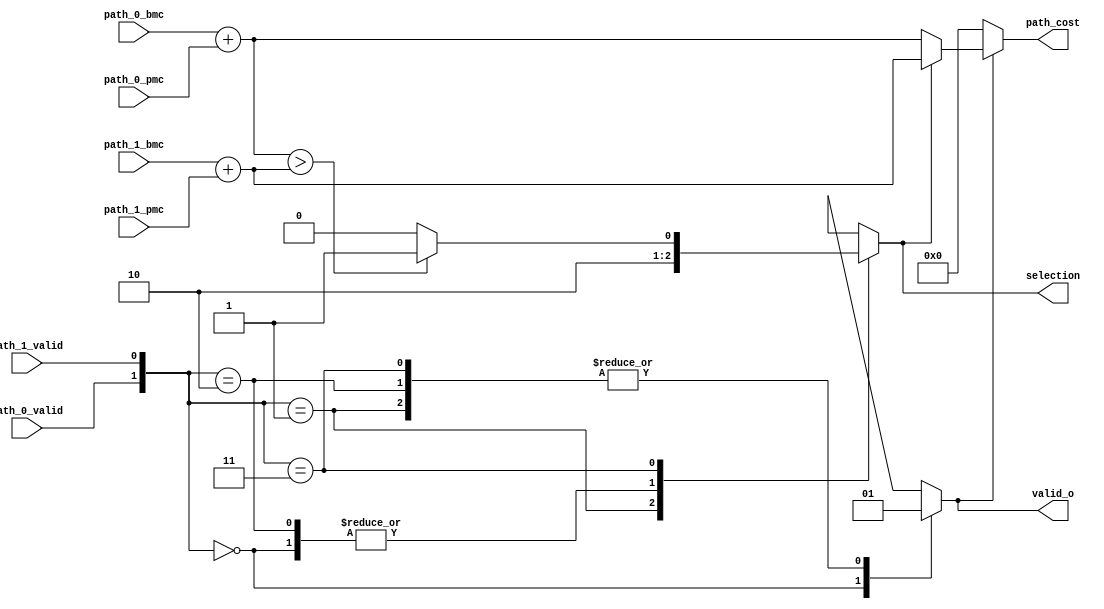
module ACS
(
   path_0_valid,
   path_1_valid,
   path_0_bmc,
   path_1_bmc,
   path_0_pmc,
   path_1_pmc,
   selection,
   valid_o,
   path_cost
);
   input       path_0_valid;
   input [1:0] path_0_bmc;
   input [7:0] path_0_pmc;

   input       path_1_valid;
   input [1:0] path_1_bmc;
   input [7:0] path_1_pmc;

   output reg        selection;
   output reg        valid_o;
   output      [7:0] path_cost;  


   wire  [7:0] path_cost_0;
   wire  [7:0] path_cost_1;

   assign path_cost_0  =  path_0_bmc + path_0_pmc;
   assign path_cost_1  =  path_1_bmc + path_1_pmc;

   assign path_cost      =  (valid_o?(selection?path_cost_1:path_cost_0):7'd0);   


   always @ (*)
   begin
      valid_o = 1'b1;

      case({path_0_valid,path_1_valid})
         2'b00:
         begin
            selection = 1'b0;
            valid_o   = 1'b0; 
         end
         2'b01:   selection = 1'b1;
         2'b10:   selection = 1'b0;
         2'b11:   selection = (path_cost_0 > path_cost_1)?1'b1:1'b0;
       endcase
   end
   

endmodule
module decoder
(
   clk,
   rst,
   enable,
   d_in,
   d_out
);

   input             clk;
   input             rst;
   input             enable;
   input [1:0]       d_in;
   output            d_out;

   reg               decoder_o_reg;


//bmc module signals
   wire  [1:0]       bmc000_path_0_bmc;
   wire  [1:0]       bmc001_path_0_bmc;
   wire  [1:0]       bmc010_path_0_bmc;
   wire  [1:0]       bmc011_path_0_bmc;
   wire  [1:0]       bmc100_path_0_bmc;
   wire  [1:0]       bmc101_path_0_bmc;
   wire  [1:0]       bmc110_path_0_bmc;
   wire  [1:0]       bmc111_path_0_bmc;

   wire  [1:0]       bmc000_path_1_bmc;
   wire  [1:0]       bmc001_path_1_bmc;
   wire  [1:0]       bmc010_path_1_bmc;
   wire  [1:0]       bmc011_path_1_bmc;
   wire  [1:0]       bmc100_path_1_bmc;
   wire  [1:0]       bmc101_path_1_bmc;
   wire  [1:0]       bmc110_path_1_bmc;
   wire  [1:0]       bmc111_path_1_bmc;

//ACS modules signals
   reg   [7:0]       validity;
   reg   [7:0]       selection;
   reg   [7:0]       path_cost   [7:0];
   wire  [7:0]       validity_nets;
   wire  [7:0]       selection_nets;

   wire              ACS000_selection;
   wire              ACS001_selection;
   wire              ACS010_selection;
   wire              ACS011_selection;
   wire              ACS100_selection;
   wire              ACS101_selection;
   wire              ACS110_selection;
   wire              ACS111_selection;

   wire              ACS000_valid_o;
   wire              ACS001_valid_o;
   wire              ACS010_valid_o;
   wire              ACS011_valid_o;
   wire              ACS100_valid_o;
   wire              ACS101_valid_o;
   wire              ACS110_valid_o;
   wire              ACS111_valid_o;

   wire  [7:0]       ACS000_path_cost;
   wire  [7:0]       ACS001_path_cost;
   wire  [7:0]       ACS010_path_cost;
   wire  [7:0]       ACS011_path_cost;
   wire  [7:0]       ACS100_path_cost;
   wire  [7:0]       ACS101_path_cost;
   wire  [7:0]       ACS110_path_cost;
   wire  [7:0]       ACS111_path_cost;

//Trelis memory write operation
   reg   [1:0]       mem_bank;
   reg   [1:0]       mem_bank_buf;
   reg   [1:0]       mem_bank_buf_buf;
   reg               mem_bank_buf_buf_buf;
   reg               mem_bank_buf_buf_buf_buf;
   reg               mem_bank_buf_buf_buf_buf_buf;
   reg   [9:0]       wr_mem_counter;
   reg   [9:0]       rd_mem_counter;

   reg   [9:0]       addr_mem_A;
   reg   [9:0]       addr_mem_B;
   reg   [9:0]       addr_mem_C;
   reg   [9:0]       addr_mem_D;

   reg               wr_mem_A;
   reg               wr_mem_B;
   reg               wr_mem_C;
   reg               wr_mem_D;

   reg   [7:0]       d_in_mem_A;
   reg   [7:0]       d_in_mem_B;
   reg   [7:0]       d_in_mem_C;
   reg   [7:0]       d_in_mem_D;

   wire  [7:0]       d_o_mem_A;
   wire  [7:0]       d_o_mem_B;
   wire  [7:0]       d_o_mem_C;
   wire  [7:0]       d_o_mem_D;

//Trace back module signals
   reg               selection_tbu_0;
   reg               selection_tbu_1;

   reg   [7:0]       d_in_0_tbu_0;
   reg   [7:0]       d_in_1_tbu_0;
   reg   [7:0]       d_in_0_tbu_1;
   reg   [7:0]       d_in_1_tbu_1;

   wire              d_o_tbu_0;
   wire              d_o_tbu_1;

   reg               enable_tbu_0;
   reg               enable_tbu_1;

//Display memory operations 
   wire              wr_disp_mem_0;
   wire              wr_disp_mem_1;

   wire              d_in_disp_mem_0;
   wire              d_in_disp_mem_1;

   reg   [9:0]       wr_mem_counter_disp;
   reg   [9:0]       rd_mem_counter_disp;

   reg   [9:0]       addr_disp_mem_0;
   reg   [9:0]       addr_disp_mem_1;


   assign   d_out =  decoder_o_reg;


//Branch matrc calculation modules

   bmc000   bmc000_inst(d_in,bmc000_path_0_bmc,bmc000_path_1_bmc);
   bmc001   bmc001_inst(d_in,bmc001_path_0_bmc,bmc001_path_1_bmc);
   bmc010   bmc010_inst(d_in,bmc010_path_0_bmc,bmc010_path_1_bmc);
   bmc011   bmc011_inst(d_in,bmc011_path_0_bmc,bmc011_path_1_bmc);
   bmc100   bmc100_inst(d_in,bmc100_path_0_bmc,bmc100_path_1_bmc);
   bmc101   bmc101_inst(d_in,bmc101_path_0_bmc,bmc101_path_1_bmc);
   bmc110   bmc110_inst(d_in,bmc110_path_0_bmc,bmc110_path_1_bmc);
   bmc111   bmc111_inst(d_in,bmc111_path_0_bmc,bmc111_path_1_bmc);


//Add Compare Select Modules

   ACS      ACS000(validity[0],validity[1],bmc000_path_0_bmc,bmc000_path_1_bmc,path_cost[0],path_cost[1],ACS000_selection,ACS000_valid_o,ACS000_path_cost);
   ACS      ACS001(validity[3],validity[2],bmc001_path_0_bmc,bmc001_path_1_bmc,path_cost[3],path_cost[2],ACS001_selection,ACS001_valid_o,ACS001_path_cost);
   ACS      ACS010(validity[4],validity[5],bmc010_path_0_bmc,bmc010_path_1_bmc,path_cost[4],path_cost[5],ACS010_selection,ACS010_valid_o,ACS010_path_cost);
   ACS      ACS011(validity[7],validity[6],bmc011_path_0_bmc,bmc011_path_1_bmc,path_cost[7],path_cost[6],ACS011_selection,ACS011_valid_o,ACS011_path_cost);
   ACS      ACS100(validity[1],validity[0],bmc100_path_0_bmc,bmc100_path_1_bmc,path_cost[1],path_cost[0],ACS100_selection,ACS100_valid_o,ACS100_path_cost);
   ACS      ACS101(validity[2],validity[3],bmc101_path_0_bmc,bmc101_path_1_bmc,path_cost[2],path_cost[3],ACS101_selection,ACS101_valid_o,ACS101_path_cost);
   ACS      ACS110(validity[5],validity[4],bmc110_path_0_bmc,bmc110_path_1_bmc,path_cost[5],path_cost[4],ACS110_selection,ACS110_valid_o,ACS110_path_cost);
   ACS      ACS111(validity[6],validity[7],bmc111_path_0_bmc,bmc111_path_1_bmc,path_cost[6],path_cost[7],ACS111_selection,ACS111_valid_o,ACS111_path_cost);

   
   assign selection_nets  =  {ACS111_selection,ACS110_selection,ACS101_selection,ACS100_selection,
                              ACS011_selection,ACS010_selection,ACS001_selection,ACS000_selection};
   assign validity_nets    =  {ACS111_valid_o,ACS110_valid_o,ACS101_valid_o,ACS100_valid_o,
                              ACS011_valid_o,ACS010_valid_o,ACS001_valid_o,ACS000_valid_o};


   always @ (posedge clk or negedge rst)
   begin
      if(rst==1'b0)
      begin
         validity          <= 8'b00000001;
         selection         <= 8'b00000000;

         path_cost[0]      <= 8'd0;
         path_cost[1]      <= 8'd0;
         path_cost[2]      <= 8'd0;
         path_cost[3]      <= 8'd0;
         path_cost[4]      <= 8'd0;
         path_cost[5]      <= 8'd0;
         path_cost[6]      <= 8'd0;
         path_cost[7]      <= 8'd0;

      end
      else if(enable==1'b0)
      begin
         validity          <= 8'b00000001;
         selection         <= 8'b00000000;

         path_cost[0]      <= 8'd0;
         path_cost[1]      <= 8'd0;
         path_cost[2]      <= 8'd0;
         path_cost[3]      <= 8'd0;
         path_cost[4]      <= 8'd0;
         path_cost[5]      <= 8'd0;
         path_cost[6]      <= 8'd0;
         path_cost[7]      <= 8'd0;

      end
      else if( path_cost[0][7] && path_cost[1][7] && path_cost[2][7] && path_cost[3][7] &&
             path_cost[4][7] && path_cost[5][7] && path_cost[6][7] && path_cost[7][7] )
      begin

         validity          <= validity_nets;
         selection         <= selection_nets;
         
         path_cost[0]      <= 8'b01111111 & ACS000_path_cost;
         path_cost[1]      <= 8'b01111111 & ACS001_path_cost;
         path_cost[2]      <= 8'b01111111 & ACS010_path_cost;
         path_cost[3]      <= 8'b01111111 & ACS011_path_cost;
         path_cost[4]      <= 8'b01111111 & ACS100_path_cost;
         path_cost[5]      <= 8'b01111111 & ACS101_path_cost;
         path_cost[6]      <= 8'b01111111 & ACS110_path_cost;
         path_cost[7]      <= 8'b01111111 & ACS111_path_cost;
      end
      else 
      begin
         validity          <= validity_nets;
         selection         <= selection_nets;

         path_cost[0]      <= ACS000_path_cost;
         path_cost[1]      <= ACS001_path_cost;
         path_cost[2]      <= ACS010_path_cost;
         path_cost[3]      <= ACS011_path_cost;
         path_cost[4]      <= ACS100_path_cost;
         path_cost[5]      <= ACS101_path_cost;
         path_cost[6]      <= ACS110_path_cost;
         path_cost[7]      <= ACS111_path_cost;
      end
   end



   always @ (posedge clk or negedge rst)
   begin
      if(rst==1'b0)
         wr_mem_counter <= 10'd0;
      else if(enable==1'b0)
         wr_mem_counter <= 10'd0;
      else
         wr_mem_counter <= wr_mem_counter + 10'd1;
   end

   always @ (posedge clk or negedge rst)
   begin
      if(rst==1'b0)
         rd_mem_counter <= 10'b1111111111;
      else if(enable==1'b0)
         wr_mem_counter <= 10'd0;
      else
         rd_mem_counter <= rd_mem_counter - 10'd1;
   end

   
   always @ (posedge clk or negedge rst)
   begin
      if(rst==1'b0)
         mem_bank <= 2'b00;
      else begin
         if(wr_mem_counter==10'b1111111111)
               mem_bank <= mem_bank + 2'b01;
      end
   end

   
   always @ (posedge clk)
   begin
      d_in_mem_A  <= selection;
      d_in_mem_B  <= selection;
      d_in_mem_C  <= selection;
      d_in_mem_D  <= selection;

   end


   always @ (posedge clk)
   begin
      case(mem_bank)
         2'b00:
         begin
            addr_mem_A        <= wr_mem_counter;
            addr_mem_B        <= rd_mem_counter;
            addr_mem_C        <= 10'd0;
            addr_mem_D        <= rd_mem_counter;

            wr_mem_A          <= 1'b1;
            wr_mem_B          <= 1'b0;
            wr_mem_C          <= 1'b0;
            wr_mem_D          <= 1'b0;
         end
         2'b01:
         begin
            addr_mem_A        <= rd_mem_counter;
            addr_mem_B        <= wr_mem_counter;
            addr_mem_C        <= rd_mem_counter;
            addr_mem_D        <= 10'd0;

            wr_mem_A          <= 1'b0;
            wr_mem_B          <= 1'b1;
            wr_mem_C          <= 1'b0;
            wr_mem_D          <= 1'b0;

         end
         2'b10:
         begin
            addr_mem_A        <= 10'd0;
            addr_mem_B        <= rd_mem_counter;
            addr_mem_C        <= wr_mem_counter;
            addr_mem_D        <= rd_mem_counter;

            wr_mem_A          <= 1'b0;
            wr_mem_B          <= 1'b0;
            wr_mem_C          <= 1'b1;
            wr_mem_D          <= 1'b0;
         end
         2'b11:
         begin
            addr_mem_A        <= rd_mem_counter;
            addr_mem_B        <= 10'd0;
            addr_mem_C        <= rd_mem_counter;
            addr_mem_D        <= wr_mem_counter;

            wr_mem_A          <= 1'b0;
            wr_mem_B          <= 1'b0;
            wr_mem_C          <= 1'b0;
            wr_mem_D          <= 1'b1;
         end
      endcase
  end

//Trelis memory module instantiation

   mem   trelis_mem_A
   (
      .clk(clk),
      .wr(wr_mem_A),
      .addr(addr_mem_A),
      .d_i(d_in_mem_A),
      .d_o(d_o_mem_A)
   );

  mem   trelis_mem_B
   (
      .clk(clk),
      .wr(wr_mem_B),
      .addr(addr_mem_B),
      .d_i(d_in_mem_B),
      .d_o(d_o_mem_B)
   );

  mem   trelis_mem_C
   (
      .clk(clk),
      .wr(wr_mem_C),
      .addr(addr_mem_C),
      .d_i(d_in_mem_C),
      .d_o(d_o_mem_C)
   );

  mem   trelis_mem_D
   (
      .clk(clk),
      .wr(wr_mem_D),
      .addr(addr_mem_D),
      .d_i(d_in_mem_D),
      .d_o(d_o_mem_D)
   );

//Trace back module operation

   always @(posedge clk)
      mem_bank_buf   <= mem_bank;
   
   always @(posedge clk)
      mem_bank_buf_buf   <= mem_bank_buf;


   always @ (posedge clk or negedge rst)
   begin
      if(rst==1'b0)
            enable_tbu_0   <= 1'b0;
      else begin
         if(mem_bank_buf_buf==2'b10)
            enable_tbu_0   <= 1'b1;
         else
            enable_tbu_0   <= enable_tbu_0;
      end   
   end

   always @ (posedge clk or negedge rst)
   begin
      if(rst==1'b0)
            enable_tbu_1   <= 1'b0;
      else begin
         if(mem_bank_buf_buf==2'b11)
            enable_tbu_1   <= 1'b1;
         else
            enable_tbu_1   <= enable_tbu_1;
      end   
   end
   
   always @ (posedge clk)
   begin
      case(mem_bank_buf_buf)
         2'b00:
         begin
            d_in_0_tbu_0   <= d_o_mem_D;
            d_in_1_tbu_0   <= d_o_mem_C;
            
            d_in_0_tbu_1   <= d_o_mem_C;
            d_in_1_tbu_1   <= d_o_mem_B;

            selection_tbu_0<= 1'b0;
            selection_tbu_1<= 1'b1;

         end
         2'b01:
         begin
            d_in_0_tbu_0   <= d_o_mem_D;
            d_in_1_tbu_0   <= d_o_mem_C;
            
            d_in_0_tbu_1   <= d_o_mem_A;
            d_in_1_tbu_1   <= d_o_mem_D;
            
            selection_tbu_0<= 1'b1;
            selection_tbu_1<= 1'b0;
         end
         2'b10:
         begin
            d_in_0_tbu_0   <= d_o_mem_B;
            d_in_1_tbu_0   <= d_o_mem_A;
            
            d_in_0_tbu_1   <= d_o_mem_A;
            d_in_1_tbu_1   <= d_o_mem_D;

            selection_tbu_0<= 1'b0;
            selection_tbu_1<= 1'b1;
         end
         2'b11:
         begin
            d_in_0_tbu_0   <= d_o_mem_B;
            d_in_1_tbu_0   <= d_o_mem_A;
            
            d_in_0_tbu_1   <= d_o_mem_C;
            d_in_1_tbu_1   <= d_o_mem_B;

            selection_tbu_0<= 1'b1;
            selection_tbu_1<= 1'b0;
         end
      endcase
   end

//Trace-Back modules instantiation

   tbu tbu_0
   (
      .clk(clk),
      .rst(rst),
      .enable(enable_tbu_0),
      .selection(selection_tbu_0),
      .d_in_0(d_in_0_tbu_0),
      .d_in_1(d_in_1_tbu_0),
      .d_o(d_o_tbu_0),
      .wr_en(wr_disp_mem_0)
   );

   tbu tbu_1
   (
      .clk(clk),
      .rst(rst),
      .enable(enable_tbu_1),
      .selection(selection_tbu_1),
      .d_in_0(d_in_0_tbu_1),
      .d_in_1(d_in_1_tbu_1),
      .d_o(d_o_tbu_1),
      .wr_en(wr_disp_mem_1)
   );

//Display Memory modules Instantioation

   assign   d_in_disp_mem_0   =  d_o_tbu_0;
   assign   d_in_disp_mem_1   =  d_o_tbu_1;
   

  mem_disp   disp_mem_0
  (
      .clk(clk),
      .wr(wr_disp_mem_0),
      .addr(addr_disp_mem_0),
      .d_i(d_in_disp_mem_0),
      .d_o(d_o_disp_mem_0)
   );

  mem_disp   disp_mem_1
  (
      .clk(clk),
      .wr(wr_disp_mem_1),
      .addr(addr_disp_mem_1),
      .d_i(d_in_disp_mem_1),
      .d_o(d_o_disp_mem_1)
   );

// Display memory module operation
   always @ (posedge clk)
      mem_bank_buf_buf_buf <= mem_bank_buf_buf[0];

   always @ (posedge clk)
   begin
      if(rst==1'b0)
         wr_mem_counter_disp  <= 10'b0000000010;
      if(enable==1'b0)
         wr_mem_counter_disp  <= 10'b0000000010;
      else
         wr_mem_counter_disp  <= wr_mem_counter_disp - 10'd1;   
   end

   always @ (posedge clk)
   begin
      if(rst==1'b0)
         rd_mem_counter_disp  <= 10'b1111111101;
      if(enable==1'b0)
         rd_mem_counter_disp  <= 10'b1111111101;
      else
         rd_mem_counter_disp  <= rd_mem_counter_disp + 10'd1;   
   end

   
   always @ (posedge clk)
   begin
      case(mem_bank_buf_buf_buf)
         1'b0:
         begin
            addr_disp_mem_0   <= rd_mem_counter_disp; 
            addr_disp_mem_1   <= wr_mem_counter_disp;
         end
         1'b1:
         begin
            addr_disp_mem_0   <= wr_mem_counter_disp; 
            addr_disp_mem_1   <= rd_mem_counter_disp; 
         end
      endcase
   end


   always @ (posedge clk)
      mem_bank_buf_buf_buf_buf   <= mem_bank_buf_buf_buf;

   always @ (posedge clk)
      mem_bank_buf_buf_buf_buf_buf <= mem_bank_buf_buf_buf_buf;



   always @ (posedge clk)
   begin
      case(mem_bank_buf_buf_buf_buf_buf)
         1'b0:
         begin
            decoder_o_reg  <= d_o_disp_mem_0;
         end
         1'b1:
         begin
            decoder_o_reg  <= d_o_disp_mem_1;
         end
      endcase
   end

endmodule
module encoder
(
   clk,
   rst,
   enable_i,
   d_in,
   valid_o,
   d_out
);
   input             clk;
   input             rst;
   input             enable_i;
   input             d_in;
   output reg        valid_o;
   output      [1:0] d_out;
   
   reg         [2:0] cstate;
   reg         [2:0] nstate;
   
   reg         [1:0] d_out_reg;

   assign   d_out    =  (enable_i==1'b1)?d_out_reg:2'b00;
     

   always @(*) begin
      valid_o  =   enable_i;
      case (cstate)
         3'b000:
         begin
            if(d_in==1'b0)
            begin
               nstate   =  3'b000;
               d_out_reg    =  2'b00;
            end
            else
            begin
               nstate   =  3'b100;
               d_out_reg    =  2'b11;
            end
         end
         3'b001:
         begin
            if(d_in==1'b0)
            begin
               nstate   =  3'b100;
               d_out_reg    =  2'b00;
            end
            else
            begin
               nstate   =  3'b000;
               d_out_reg    =  2'b11;
            end
         end
         3'b010:
         begin
            if(d_in==1'b0)
            begin
               nstate   =  3'b101;
               d_out_reg    =  2'b10;
            end
            else
            begin
               nstate   =  3'b001;
               d_out_reg    =  2'b01;
            end
         end
         3'b011:
         begin
            if(d_in==1'b0)
            begin
               nstate   =  3'b001;
               d_out_reg    =  2'b10;
            end
            else
            begin
               nstate   =  3'b101;
               d_out_reg    =  2'b01;
            end
         end
         3'b100:
         begin
            if(d_in==1'b0)
            begin
               nstate   =  3'b010;
               d_out_reg    =  2'b10;
            end
            else
            begin
               nstate   =  3'b110;
               d_out_reg    =  2'b01;
            end
         end
         3'b101:
         begin
            if(d_in==1'b0)
            begin
               nstate   =  3'b110;
               d_out_reg    =  2'b10;
            end
            else
            begin
               nstate   =  3'b010;
               d_out_reg    =  2'b01;
            end
         end
         3'b110:
         begin
            if(d_in==1'b0)
            begin
               nstate   =  3'b111;
               d_out_reg    =  2'b00;
            end
            else
            begin
               nstate   =  3'b011;
               d_out_reg    =  2'b11;
            end
         end
         3'b111:
         begin
            if(d_in==1'b0)
            begin
               nstate   =  3'b011;
               d_out_reg    =  2'b00;
            end
            else
            begin
               nstate   =  3'b111;
               d_out_reg    =  2'b11;
            end
         end

      endcase
   end



   always @ (posedge clk,negedge rst) 
   begin
//      $display("data in=%d state=%b%b%b data out=%b%b",d_in,reg_1,reg_2,reg_3,d_out_reg[1],d_out_reg[0]);
      if(rst==1'b0)
         cstate   <= 3'b000;
      else if(enable_i==1'b0)
         cstate   <= 3'b000;
      else
         cstate   <= nstate;
   end
   


endmodule
module mem_disp
(
   clk,
   wr,
   addr,
   d_i,
   d_o
);

   input          clk;
   input          wr;
   input [9:0]    addr;
   input          d_i;
   output reg     d_o;
   
   reg            mem   [1023:0];


   always @ (posedge clk)
   begin
      if(wr)
         mem[addr]   <= d_i;
      d_o  <=  mem[addr];
  end
endmodule
module mem
(
   clk,
   wr,
   addr,
   d_i,
   d_o
);

   input                clk;
   input                wr;
   input       [9:0]    addr;
   input       [7:0]    d_i;
   output reg  [7:0]    d_o;
   
   reg         [7:0]    mem   [1023:0];



   always @ (posedge clk)
   begin
      if(wr)
         mem[addr]   <= d_i;
      d_o  <=  mem[addr];
          
   end
endmodule
module tbu
(
   clk,
   rst,
   enable,
   selection,
   d_in_0,
   d_in_1,
   d_o,
   wr_en
);

   input       clk;
   input       rst;
   input       enable;
   input       selection;
   input [7:0] d_in_0;
   input [7:0] d_in_1;
   output reg  d_o;
   output reg  wr_en;


   reg         d_o_reg;
   reg         wr_en_reg;

   
   reg   [2:0] pstate;
   reg   [2:0] nstate;

   reg         selection_buf;

   always @(posedge clk)
   begin
      selection_buf  <= selection;
      wr_en          <= wr_en_reg;
      d_o            <= d_o_reg;
   end
   always @(posedge clk or negedge rst)
   begin
      if(rst==1'b0)
         pstate   <= 3'b000;
      else if(enable==1'b0)
         pstate   <= 3'b000;
      else if(selection_buf==1'b1 && selection==1'b0)
         pstate   <= 3'b000;
      else
         pstate   <= nstate;
   end


   always @(*)
   begin
      case (pstate)
         3'b000:
         begin
            if(selection==1'b0)
            begin
               wr_en_reg =  1'b0;
               case(d_in_0[0])
                  1'b0: nstate   =  3'b000;
                  1'b1: nstate   =  3'b001;
               endcase
            end
            else
            begin
               d_o_reg   =  d_in_1[0];  
               wr_en_reg =  1'b1;
               case(d_in_1[0])
                  1'b0: nstate   =  3'b000;
                  1'b1: nstate   =  3'b001;
               endcase
           end
         end

         3'b001:
         begin
            if(selection==1'b0)
             begin
             wr_en_reg =  1'b0;
               case(d_in_0[1])
                  1'b0: nstate   =  3'b011;
                  1'b1: nstate   =  3'b010;
               endcase
            end
            else
            begin
               d_o_reg   =  d_in_1[1];  
               wr_en_reg =  1'b1;
               case(d_in_1[1])
                  1'b0: nstate   =  3'b011;
                  1'b1: nstate   =  3'b010;
               endcase
           end
         end

         3'b010:
         begin
            if(selection==1'b0)
            begin
               wr_en_reg =  1'b0;
               case(d_in_0[2])
                  1'b0: nstate   =  3'b100;
                  1'b1: nstate   =  3'b101;
               endcase
            end
            else
            begin
               d_o_reg   =  d_in_1[2];  
               wr_en_reg =  1'b1;
               case(d_in_1[2])
                  1'b0: nstate   =  3'b100;
                  1'b1: nstate   =  3'b101;
               endcase
            end
         end

         3'b011:
         begin
            if(selection==1'b0)
            begin
               wr_en_reg =  1'b0;
               case(d_in_0[3])
                  1'b0: nstate   =  3'b111;
                  1'b1: nstate   =  3'b110;
               endcase
            end
            else
            begin
               d_o_reg   =  d_in_1[3]; 
               wr_en_reg =  1'b1;
               case(d_in_1[3])
                  1'b0: nstate   =  3'b111;
                  1'b1: nstate   =  3'b110;
               endcase
            end
         end

         3'b100:
         begin
            if(selection==1'b0)
            begin
               wr_en_reg =  1'b0;
               case(d_in_0[4])
                  1'b0: nstate   =  3'b001;
                  1'b1: nstate   =  3'b000;
               endcase
            end
            else
            begin
               d_o_reg   =  d_in_1[4];  
               wr_en_reg =  1'b1;
               case(d_in_1[4])
                  1'b0: nstate   =  3'b001;
                  1'b1: nstate   =  3'b000;
               endcase
            end
         end

         3'b101:
         begin
            if(selection==1'b0)
            begin
               wr_en_reg =  1'b0;
               case(d_in_0[5])
                  1'b0: nstate   =  3'b010;
                  1'b1: nstate   =  3'b011;
               endcase
            end
            else
            begin
               d_o_reg   =  d_in_1[5];  
               wr_en_reg =  1'b1;
               case(d_in_1[5])
                  1'b0: nstate   =  3'b010;
                  1'b1: nstate   =  3'b011;
               endcase
            end
         end

         3'b110:
         begin
            if(selection==1'b0)
            begin
               wr_en_reg =  1'b0;
               case(d_in_0[6])
                  1'b0: nstate   =  3'b101;
                  1'b1: nstate   =  3'b100;
               endcase
            end
            else
            begin
               d_o_reg   =  d_in_1[6];  
               wr_en_reg =  1'b1;
               case(d_in_1[6])
                  1'b0: nstate   =  3'b101;
                  1'b1: nstate   =  3'b100;
               endcase
            end
         end

         3'b111:
         begin
            if(selection==1'b0)
            begin
               wr_en_reg =  1'b0;
               case(d_in_0[7])
                  1'b0: nstate   =  3'b110;
                  1'b1: nstate   =  3'b111;
               endcase
            end
            else
            begin
               d_o_reg   =  d_in_1[7];  
               wr_en_reg =  1'b1;
               case(d_in_1[7])
                  1'b0: nstate   =  3'b110;
                  1'b1: nstate   =  3'b111;
               endcase
            end
         end
      endcase
   end

endmodule
module viterbi_tx_rx(
   clk,
   rst,
   encoder_i,
   enable_encoder_i,
   decoder_o
);
   input    clk;
   input    rst;
   input    encoder_i;
   input    enable_encoder_i;
   output   decoder_o;

   wire  [1:0] encoder_o;


   reg   [3:0] error_counter;
   reg   [1:0] encoder_o_reg;
   
   reg         enable_decoder_in;
   wire        valid_encoder_o;



   always @ (posedge clk or negedge rst)
   begin
      if(rst==1'b0)
      begin  
         error_counter  <= 4'd0;
         encoder_o_reg  <= 2'b00;
         enable_decoder_in <= 1'b0;
      end
      else
      begin   
         enable_decoder_in <= valid_encoder_o; 
         encoder_o_reg  <= 2'b00;
         error_counter  <= error_counter + 4'd1;
         if(error_counter==4'b1111)
            encoder_o_reg  <= {~encoder_o[1],encoder_o[0]};
         else
            encoder_o_reg  <= {encoder_o[1],encoder_o[0]};
      end   
   end


   encoder encoder1
   (
      .clk(clk),
      .rst(rst),
      .enable_i(enable_encoder_i),
      .d_in(encoder_i),
      .valid_o(valid_encoder_o),
      .d_out(encoder_o)
   );

   decoder decoder1
   (
      .clk(clk),
      .rst(rst),
      .enable(enable_decoder_in),
      .d_in(encoder_o_reg),
      .d_out(decoder_o)
   );
endmodule

module bmc000
(
   rx_pair,
   path_0_bmc,
   path_1_bmc
);


   input    [1:0] rx_pair;
   output   [1:0] path_0_bmc;
   output   [1:0] path_1_bmc;

   
   assign tmp00         =  (rx_pair[0] ^ 1'b0);
   assign tmp01         =  (rx_pair[1] ^ 1'b0);
   
   assign tmp10         =  (rx_pair[0] ^ 1'b1);
   assign tmp11         =  (rx_pair[1] ^ 1'b1);

   assign path_0_bmc    =  {(tmp00 & tmp01),(tmp00 ^ tmp01)}; 
   assign path_1_bmc    =  {(tmp10 & tmp11),(tmp10 ^ tmp11)};


endmodule
module bmc001
(
   rx_pair,
   path_0_bmc,
   path_1_bmc
);


   input    [1:0] rx_pair;
   output   [1:0] path_0_bmc;
   output   [1:0] path_1_bmc;

   assign tmp00         =  (rx_pair[0] ^ 1'b0);
   assign tmp01         =  (rx_pair[1] ^ 1'b1);
   
   assign tmp10         =  (rx_pair[0] ^ 1'b1);
   assign tmp11         =  (rx_pair[1] ^ 1'b0);

   assign path_0_bmc    =  {(tmp00 & tmp01),(tmp00 ^ tmp01)}; 
   assign path_1_bmc    =  {(tmp10 & tmp11),(tmp10 ^ tmp11)};

endmodule
module bmc010
(
   rx_pair,
   path_0_bmc,
   path_1_bmc
);


   input    [1:0] rx_pair;
   output   [1:0] path_0_bmc;
   output   [1:0] path_1_bmc;

   assign tmp00         =  (rx_pair[0] ^ 1'b0);
   assign tmp01         =  (rx_pair[1] ^ 1'b1);
   
   assign tmp10         =  (rx_pair[0] ^ 1'b1);
   assign tmp11         =  (rx_pair[1] ^ 1'b0);

   assign path_0_bmc    =  {(tmp00 & tmp01),(tmp00 ^ tmp01)}; 
   assign path_1_bmc    =  {(tmp10 & tmp11),(tmp10 ^ tmp11)};


endmodule
module bmc011
(
   rx_pair,
   path_0_bmc,
   path_1_bmc
);


   input    [1:0] rx_pair;
   output   [1:0] path_0_bmc;
   output   [1:0] path_1_bmc;

   assign tmp00         =  (rx_pair[0] ^ 1'b0);
   assign tmp01         =  (rx_pair[1] ^ 1'b0);
   
   assign tmp10         =  (rx_pair[0] ^ 1'b1);
   assign tmp11         =  (rx_pair[1] ^ 1'b1);

   assign path_0_bmc    =  {(tmp00 & tmp01),(tmp00 ^ tmp01)}; 
   assign path_1_bmc    =  {(tmp10 & tmp11),(tmp10 ^ tmp11)};


endmodule
module bmc100
(
   rx_pair,
   path_0_bmc,
   path_1_bmc
);


   input    [1:0] rx_pair;
   output   [1:0] path_0_bmc;
   output   [1:0] path_1_bmc;

   assign tmp00         =  (rx_pair[0] ^ 1'b0);
   assign tmp01         =  (rx_pair[1] ^ 1'b0);
   
   assign tmp10         =  (rx_pair[0] ^ 1'b1);
   assign tmp11         =  (rx_pair[1] ^ 1'b1);

   assign path_0_bmc    =  {(tmp00 & tmp01),(tmp00 ^ tmp01)}; 
   assign path_1_bmc    =  {(tmp10 & tmp11),(tmp10 ^ tmp11)};

endmodule
module bmc101
(
   rx_pair,
   path_0_bmc,
   path_1_bmc
);


   input    [1:0] rx_pair;
   output   [1:0] path_0_bmc;
   output   [1:0] path_1_bmc;

   assign tmp00         =  (rx_pair[0] ^ 1'b0);
   assign tmp01         =  (rx_pair[1] ^ 1'b1);
   
   assign tmp10         =  (rx_pair[0] ^ 1'b1);
   assign tmp11         =  (rx_pair[1] ^ 1'b0);

   assign path_0_bmc    =  {(tmp00 & tmp01),(tmp00 ^ tmp01)}; 
   assign path_1_bmc    =  {(tmp10 & tmp11),(tmp10 ^ tmp11)};

endmodule
module bmc110
(
   rx_pair,
   path_0_bmc,
   path_1_bmc
);


   input    [1:0] rx_pair;
   output   [1:0] path_0_bmc;
   output   [1:0] path_1_bmc;

   assign tmp00         =  (rx_pair[0] ^ 1'b0);
   assign tmp01         =  (rx_pair[1] ^ 1'b1);
   
   assign tmp10         =  (rx_pair[0] ^ 1'b1);
   assign tmp11         =  (rx_pair[1] ^ 1'b0);

   assign path_0_bmc    =  {(tmp00 & tmp01),(tmp00 ^ tmp01)}; 
   assign path_1_bmc    =  {(tmp10 & tmp11),(tmp10 ^ tmp11)};

endmodule
module bmc111
(
   rx_pair,
   path_0_bmc,
   path_1_bmc
);


   input    [1:0] rx_pair;
   output   [1:0] path_0_bmc;
   output   [1:0] path_1_bmc;

   assign tmp00         =  (rx_pair[0] ^ 1'b0);
   assign tmp01         =  (rx_pair[1] ^ 1'b0);
   
   assign tmp10         =  (rx_pair[0] ^ 1'b1);
   assign tmp11         =  (rx_pair[1] ^ 1'b1);

   assign path_0_bmc    =  {(tmp00 & tmp01),(tmp00 ^ tmp01)}; 
   assign path_1_bmc    =  {(tmp10 & tmp11),(tmp10 ^ tmp11)};

endmodule